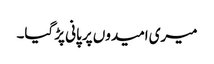
میری امیدوں پر پانی پڑ گیا۔